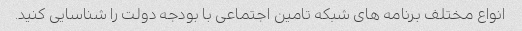
انواع مختلف برنامه های شبکه تامین اجتماعی با بودجه دولت را شناسایی کنید.